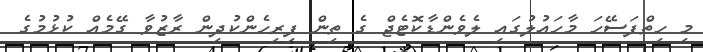
މި ހިތްފަސޭހަ މާހައުލުގައި ލެވެންޑާކޮޓެޖް ގެ ތިން ފިރިހެންކުދިން ރާޒުވާ ގޭމެއް ކުޅުމުގެ